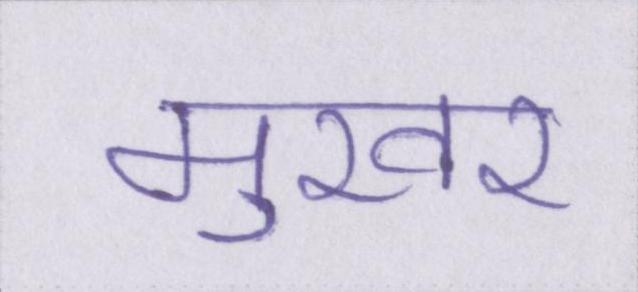
मुखर